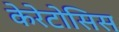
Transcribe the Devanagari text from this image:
केरेटोसिस